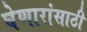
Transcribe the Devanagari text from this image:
घेणारांसाठी